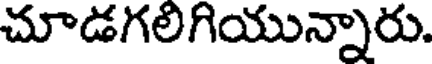
చూడగలిగియున్నారు.